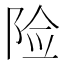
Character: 险